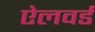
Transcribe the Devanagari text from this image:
ऐलवर्ड